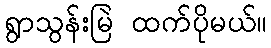
ရွာသွန်းမြဲ ထက်ပိုမယ်။